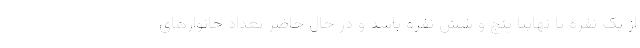
از یک نفره تا نهایتا پنج و شش نفره باشد و در حال حاضر تعداد خانوارهای